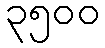
၃၅၀၀